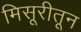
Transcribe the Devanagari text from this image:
मिसूरीतून